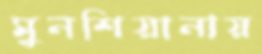
মুনশিয়ানায়